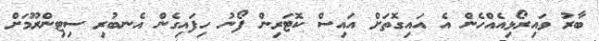
ބާރު ވައިރޯޅިއެއްހެން އެ އައިގޮތަށް އައިސް ކޮޓަރިން ފޯނު ހިފައިގެން އެނބުރި ސިޓިންރޫމަށް